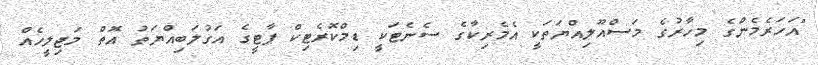
"އަހަރެމެންގެ މިހާރުގެ މަސްއޫލިއްޔަތަކީ އެމެރިކާގެ ސެނެޓަކީ ޑިމްކޮރެޓިކް ޕާޓީގެ އަގުލަބިއްޔަތު އޮތް މަޖިލީހެއް